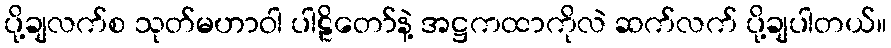
ပို့ချလက်စ သုတ်မဟာဝါ ပါဠိတော်နဲ့ အဋ္ဌကထာကိုလဲ ဆက်လက် ပို့ချပါတယ်။